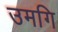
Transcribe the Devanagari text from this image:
उमगि